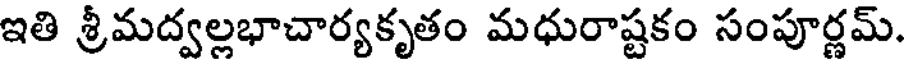
ఇతి శ్రీమద్వల్లభాచార్యకృతం మధురాష్టకం సంపూర్ణమ్.